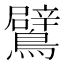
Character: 鷿